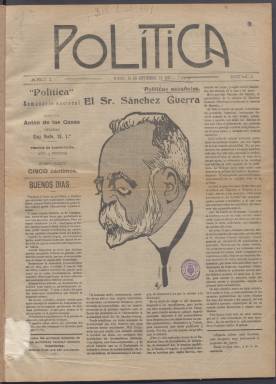
Título: Política (Madrid. 1915)
Colección: Periódicos
Ámbito geográfico: Madrid
Lugar de publicación: Madrid
Fechas: 15/09/1915-13/04/1920